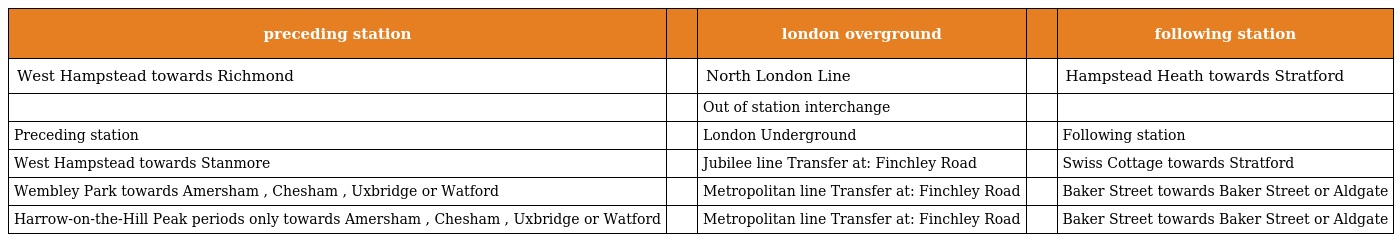
| preceding station |  | london overground |  | following station |
 | --- | --- | --- | --- | --- |
 | West Hampstead towards Richmond |  | North London Line |  | Hampstead Heath towards Stratford |
 |  |  | Out of station interchange |  |  |
 | Preceding station |  | London Underground |  | Following station |
 | West Hampstead towards Stanmore |  | Jubilee line Transfer at: Finchley Road |  | Swiss Cottage towards Stratford |
 | Wembley Park towards Amersham , Chesham , Uxbridge or Watford |  | Metropolitan line Transfer at: Finchley Road |  | Baker Street towards Baker Street or Aldgate |
 | Harrow-on-the-Hill Peak periods only towards Amersham , Chesham , Uxbridge or Watford |  | Metropolitan line Transfer at: Finchley Road |  | Baker Street towards Baker Street or Aldgate |